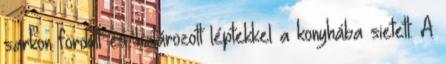
sarkon fordult és határozott léptekkel a konyhába sietett. A